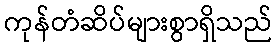
ကုန်တံဆိပ်များစွာရှိသည်